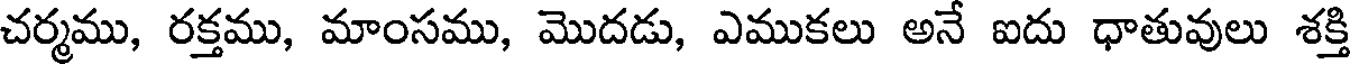
చర్మము, రక్తము, మాంసము, మొదడు, ఎముకలు అనే ఐదు ధాతువులు శక్తి